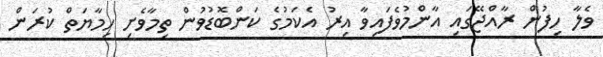
ވެލާ ހިފުން ރާއްޖޭގައި އާންމުވެފައިވާ އިރު އެކަމުގެ ކަންބޮޑުވުން ތިމާވެށި ހިމާޔަތް ކުރަން